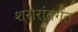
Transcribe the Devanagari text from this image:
शरारांतर्गत